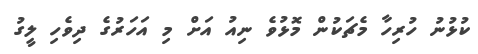
ކުޅުނު ހުރިހާ މެޗަކުން މޮޅުވެ ނިއު އަށް މި އަހަރުގެ ދިވެހި ލީގު